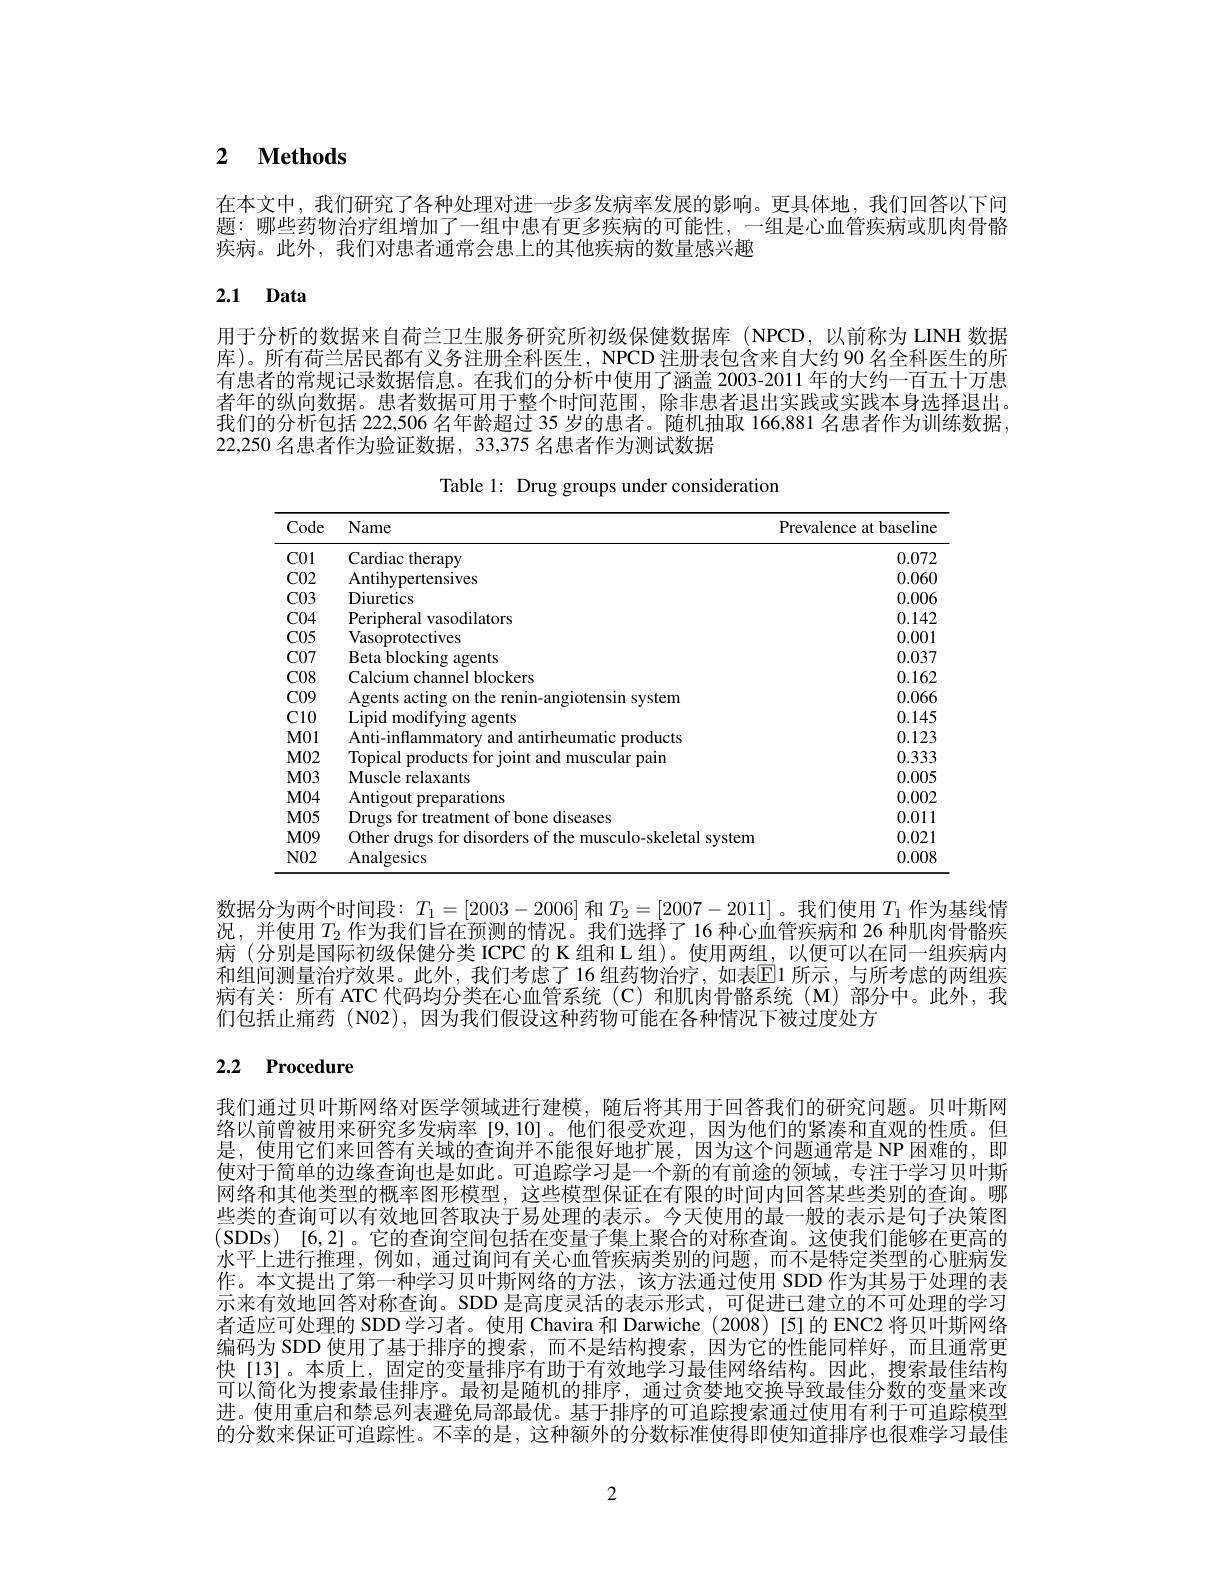
## 2 $\textbf{Methods}$

在本文中，我们研究了各种处理对进一步多发病率发展的影响。更具体地，我们回答以下间题：哪些药物治疗组增加了一组中患有更多疾病的可能性，一组是心血管疾病或肌肉骨骼疾病。此外，我们对患者通常会患上的其他疾病的数量感兴趣

# 2.1 Data

用于分析的数据来自荷兰卫生服务研究所初级保健数据库(NPCD,以前称为 LINH 数据库)。所有荷兰居民都有义务注册全科医生，NPCD 注册表包含来自大约 90 名全科医生的所有患者的常规记录数据信息。在我们的分析中使用了涵盖 2003-2011 年的大约一百五十万患者年的纵向数据。患者数据可用于整个时间范围，除非患者退出实践或实践本身选择退出我们的分析包括 222,506 名年龄超过 35 岁的患者。随机抽取 166,881 名患者作为训练数据22,250 名患者作为验证数据，33,375 名患者作为测试数据

Table 1: Drug groups under consideration

<table>
	<tbody>
		<tr>
			<th>Code</th>
			<th>Name</th>
			<th>Prevalence at baseline</th>
		</tr>
		<tr>
			<td>$C01$</td>
			<td>Cardiac therapy</td>
			<td>0.072</td>
		</tr>
		<tr>
			<td>$C02$</td>
			<td>Antihypertensives</td>
			<td>0.060</td>
		</tr>
		<tr>
			<td>$C03$</td>
			<td>Diuretics</td>
			<td>0.006</td>
		</tr>
		<tr>
			<td>$C04$</td>
			<td>Perinhera dilators</td>
			<td>0.142</td>
		</tr>
		<tr>
			<td>$C05$</td>
			<td>Vasoprotectives</td>
			<td>0.001</td>
		</tr>
		<tr>
			<td>$C07$</td>
			<td>Beta blocking agents</td>
			<td>0.037</td>
		</tr>
		<tr>
			<td>$C08$</td>
			<td>Calcium ${\textbf{l blockers}}$</td>
			<td>0.162</td>
		</tr>
		<tr>
			<td>$C09$</td>
			<td>Aoents rintensin 1 SVstem</td>
			<td>0.066</td>
		</tr>
		<tr>
			<td>$C10$</td>
			<td>Lipid modifving agents</td>
			<td>0.145</td>
		</tr>
		<tr>
			<td>$M01$</td>
			<td>Anti-infla $\operatorname{products}$ manc</td>
			<td>0.123</td>
		</tr>
		<tr>
			<td>$M02$</td>
			<td>$\operatorname{lopica}$ roducts $s+or$ and muscular pair</td>
			<td>0.333</td>
		</tr>
		<tr>
			<td>$M03$</td>
			<td>Muscle relaxants</td>
			<td>0.005</td>
		</tr>
		<tr>
			<td>$M04$</td>
			<td>Antigout preparations</td>
			<td>0.002</td>
		</tr>
		<tr>
			<td>$M05$</td>
			<td>Drulos 1 hone · diseases tor $Mf$</td>
			<td>0.011</td>
		</tr>
		<tr>
			<td>$M09$</td>
			<td> </td>
			<td>0.021</td>
		</tr>
		<tr>
			<td>$N02$</td>
			<td>Analgesics</td>
			<td>0.008</td>
		</tr>
	</tbody>
</table>

数据分为两个时间段：$T_1=[2003-2006]$和$T_2=[2007-2011]$ 。我们使用$T_1$作为基线情况，并使用$T_2$作为我们旨在预测的情况。我们选择了 16 种心血管疾病和 26 种肌肉骨骼疾病 (分别是国际初级保健分类 ICPC 的 K 组和 L 组)。使用两组，以便可以在同一组疾病内和组间测量治疗效果。此外，我们考虑了 16 组药物治疗，如表$\boxed{\mathrm{E}}$1 所示，与所考虑的两组疾病有关：所有 ATC 代码均分类在心血管系统 (C) 和肌肉骨骼系统 (M)部分中。此外，我们包括止痛药 (N02),因为我们假设这种药物可能在各种情况下被过度处方

# 2.2 Procedure

我们通过贝叶斯网络对医学领域进行建模，随后将其用于回答我们的研究问题。贝叶斯网络以前曾被用来研究多发病率 [9,10]。他们很受欢迎，因为他们的紧凑和直观的性质。但是，使用它们来回答有关域的查询并不能很好地扩展，因为这个问题通常是 NP 困难的，即使对于简单的边缘查询也是如此。可追踪学习是一个新的有前途的领域，专注于学习贝叶斯网络和其他类型的概率图形模型，这些模型保证在有限的时间内回答某些类别的查询。哪些类的查询可以有效地回答取决于易处理的表示。今天使用的最一般的表示是句子决策图(SDDs)[6,2]。它的查询空间包括在变量子集上聚合的对称查询。这使我们能够在更高的水平上进行推理，例如，通过询问有关心血管疾病类别的问题，而不是特定类型的心脏病发作。本文提出了第一种学习贝叶斯网络的方法，该方法通过使用 SDD 作为其易于处理的表示来有效地回答对称查询。SDD 是高度灵活的表示形式，可促进已建立的不可处理的学习者适应可处理的 SDD 学习者。使用 Chavira 和 Darwiche (2008) [5]的 ENC2 将贝叶斯网络编码为 SDD 使用了基于排序的搜索，而不是结构搜索，因为它的性能同样好，而且通常更快[13]。本质上，固定的变量排序有助于有效地学习最佳网络结构。因此，搜索最佳结构可以简化为搜索最佳排序。最初是随机的排序，通过贪婪地交换导致最佳分数的变量来改进。使用重启和禁忌列表避免局部最优。基于排序的可追踪搜索通过使用有利于可追踪模型的分数来保证可追踪性。不幸的是，这种额外的分数标准使得即使知道排序也很难学习最佳

2